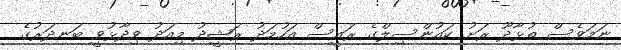
ނަމަވެސް ތުޅާދޫ ރަށު ކައުންސިލްގެ ރައީސް އަހުމަދު ރަޝީދު މިއަދު ވިދާޅުވީ ބަނދަރުގެ